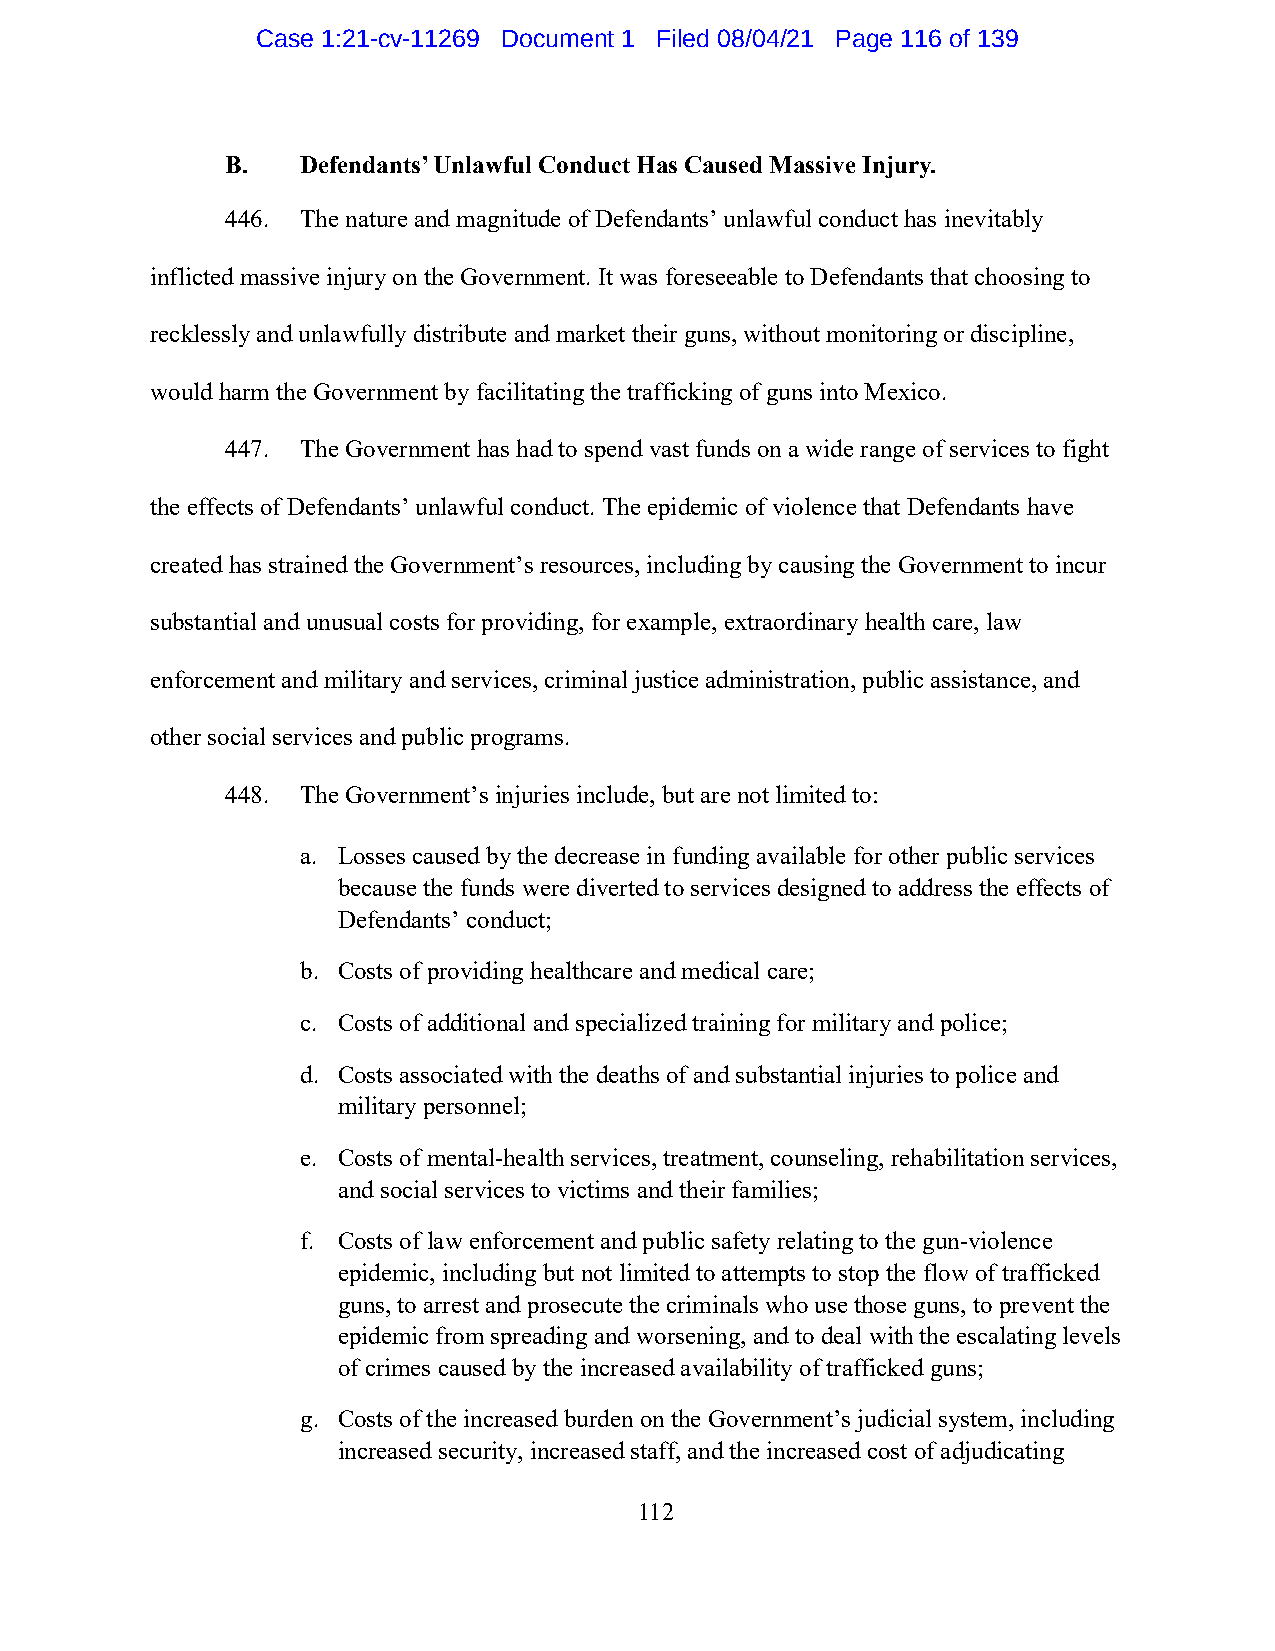
Case 1:21-cv-11269 Document 1 Filed 08/04/21 Page 116 of 139
 B.   Defendants’ Unlawful Conduct Has Caused Massive Injury.
 446. The nature and magnitude of Defendants’ unlawful conduct has inevitably
 inflicted massive injury on the Government. It was foreseeable to Defendants that choosing to
 recklessly and unlawfully distribute and market their guns, without monitoring or discipline,
 would harm the Government by facilitating the trafficking of guns into Mexico.
 447. The Government has had to spend vast funds on a wide range of services to fight
 the effects of Defendants’ unlawful conduct. The epidemic of violence that Defendants have
 created has strained the Government’s resources, including by causing the Government to incur
 substantial and unusual costs for providing, for example, extraordinary health care, law
 enforcement and military and services, criminal justice administration, public assistance, and
 other social services and public programs.
 448. The Government’s injuries include, but are not limited to:
 a. Losses caused by the decrease in funding available for other public services
 because the funds were diverted to services designed to address the effects of
 Defendants’ conduct;
 b. Costs of providing healthcare and medical care;
 c. Costs of additional and specialized training for military and police;
 d. Costs associated with the deaths of and substantial injuries to police and
 military personnel;
 e. Costs of mental-health services, treatment, counseling, rehabilitation services,
 and social services to victims and their families;
 f. Costs of law enforcement and public safety relating to the gun-violence
 epidemic, including but not limited to attempts to stop the flow of trafficked
 guns, to arrest and prosecute the criminals who use those guns, to prevent the
 epidemic from spreading and worsening, and to deal with the escalating levels
 of crimes caused by the increased availability of trafficked guns;
 g. Costs of the increased burden on the Government’s judicial system, including
 increased security, increased staff, and the increased cost of adjudicating
 112